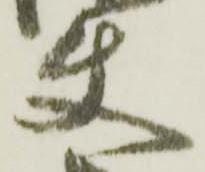
使